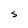
Character: S